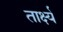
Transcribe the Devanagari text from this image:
तार्क्ष्य